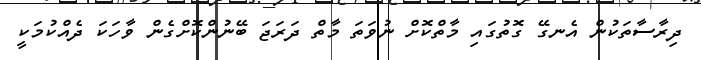
ދިރާސާތަކުން އެނގޭ ގޮތުގައި މާތްކޮށް ނުވަތަ މާތް ދަރަޖަ ބޭނުންކޮށްގެން ވާހަކަ ދެއްކުމަކީ